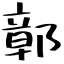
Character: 鄣